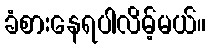
ခံစားနေရပါလိမ့်မယ်။